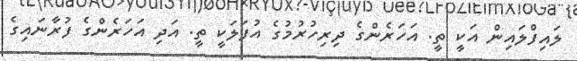
ލައިފްލައިން އަކީ ތީ. އަހަރެންގެ ދިރިހުރުމުގެ އުފަލަކީ ތީ. އަދި އަހަރެންގެ ފުރާނައިގެ